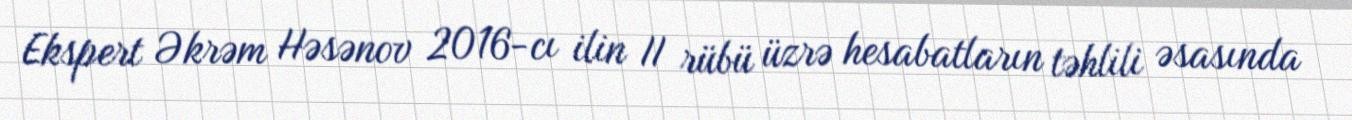
Ekspert Əkrəm Həsənov 2016-cı ilin II rübü üzrə hesabatların təhlili əsasında